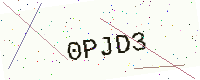
Text: 0PJD3